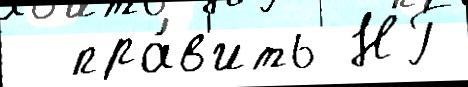
  пра́в'ить НГ